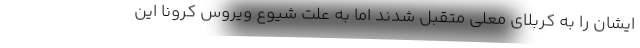
ایشان را به کربلای معلی متقبل شدند اما به علت شیوع ویروس کرونا این